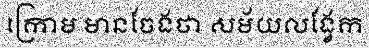
ក្រោម មានចែងថា សម័យលង្វែក